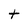
Character: t